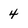
Character: 4